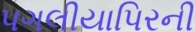
પગલીયાપિરની